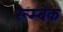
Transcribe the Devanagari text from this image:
रूम्बेक